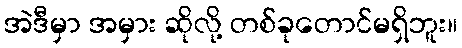
အဲဒီမှာ အမှား ဆိုလို့ တစ်ခုတောင်မရှိဘူး။